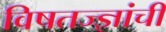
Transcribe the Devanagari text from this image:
विषतज्‍ज्ञांची